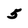
Character: 5